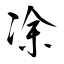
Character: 凃